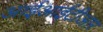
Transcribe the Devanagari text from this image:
आईआईटीआर